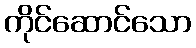
ကိုင်ဆောင်သော